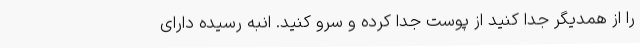
را از همدیگر جدا کنید از پوست جدا کرده و سرو کنید. انبه رسیده دارای